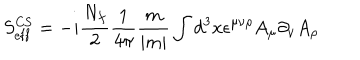
LaTeX: S _ { \mathrm { e f f } } ^ { \mathrm { C S } } = - i \frac { N _ { f } } { 2 } \frac { 1 } { 4 \pi } \frac { m } { | m | } \int d ^ { 3 } x \epsilon ^ { \mu \nu \rho } A _ { \mu } \partial _ { \nu } A _ { \rho }